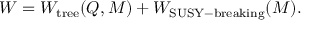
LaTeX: W = W _ { \mathrm { t r e e } } ( Q , M ) + W _ { \mathrm { S U S Y - b r e a k i n g } } ( M ) .